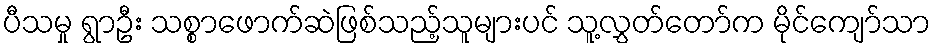
ပီသမှု ရွာဦး သစ္စာဖောက်ဆဲဖြစ်သည့်သူများပင် သူ့လွှတ်တော်က မိုင်ကျော်သာ